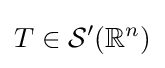
T\in {\mathcal {S}}'(\mathbb {R} ^{n})